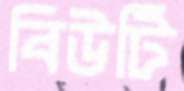
বিউটি